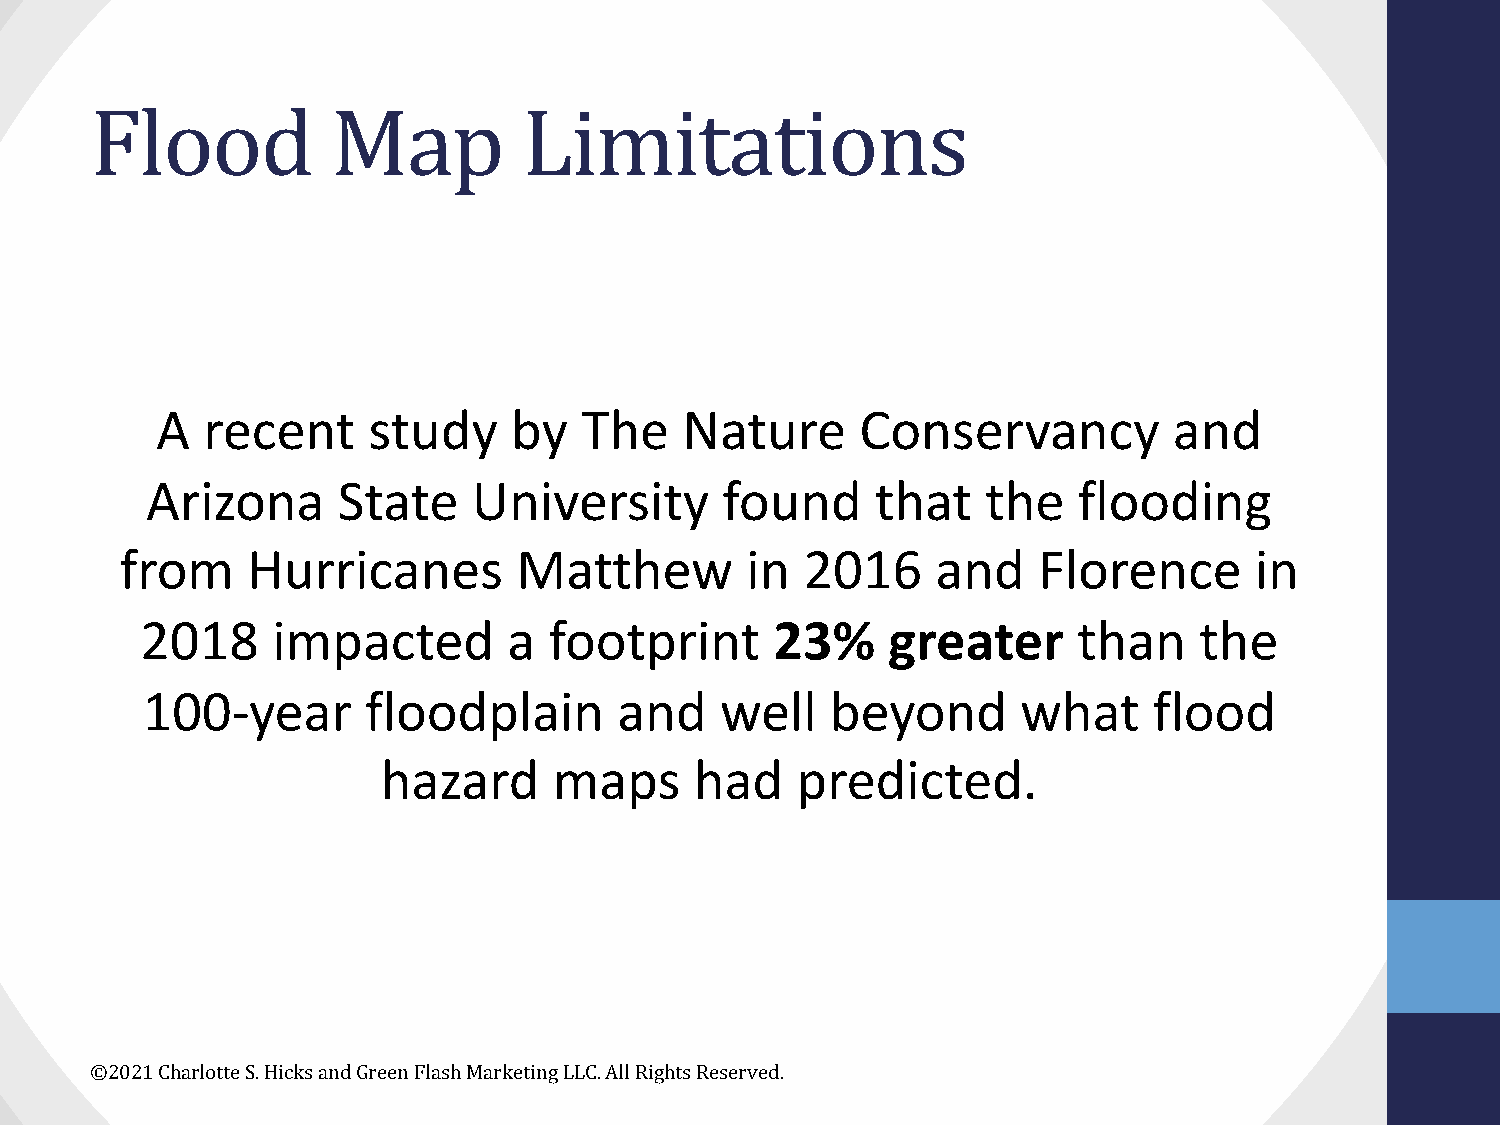
Flood           Map          Limitations
 A  recent     study     by  The    Nature      Conservancy          and
 Arizona     State    University       found     that   the   flooding
 from    Hurricanes        Matthew        in  2016     and    Florence      in
 2018     impacted        a footprint      23%     greater     than    the
 100-year       floodplain       and    well   beyond       what    flood
 hazard      maps     had    predicted.
 ©2021 Charlotte S. Hicks and Green Flash Marketing LLC. All Rights Reserved.